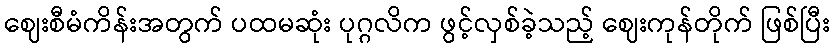
ဈေးစီမံကိန်းအတွက် ပထမဆုံး ပုဂ္ဂလိက ဖွင့်လှစ်ခဲ့သည့် ဈေးကုန်တိုက် ဖြစ်ပြီး